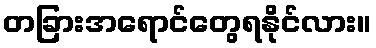
တခြားအရောင်တွေရနိုင်လား။